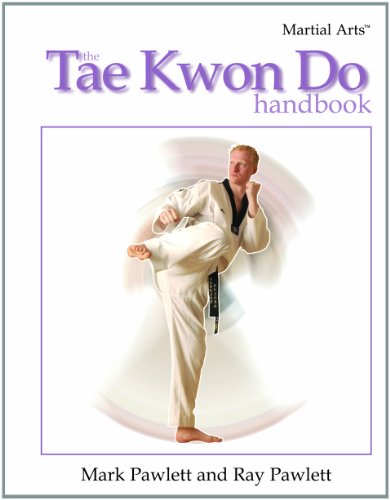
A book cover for The Tae Kwon Do Handbook (Martial Arts (Rosen)); Mark Pawlett; Teen & Young Adult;